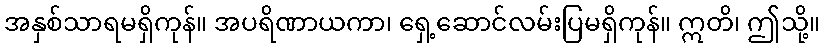
အနှစ်သာရမရှိကုန်။ အပရိဏာယကာ၊ ရှေ့ဆောင်လမ်းပြမရှိကုန်။ ဣတိ၊ ဤသို့။